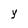
Character: y